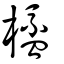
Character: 橀